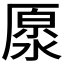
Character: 𠪥